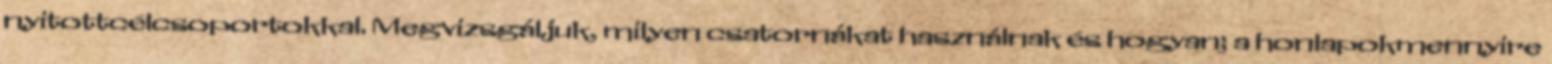
nyitottcélcsoportokkal. Megvizsgáljuk, milyen csatornákat használnak és hogyan; a honlapokmennyire